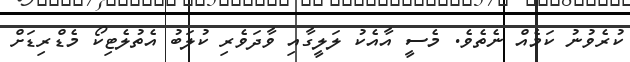
ކުރެވުނު ކަމެއް ނެތެވެ. މެސީ އާއެކު ލަލީގާއި ވާދަވެރި ކުލަބު އެތުލެޓިކޯ މެޑްރިޑަށް